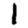
Digit: 1